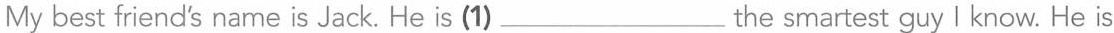
My best friend's name is Jack. He is (1)___the smartest guy I know. He is